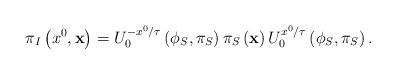
\begin{align*}\pi_{I}\left(x^0,{\bf x}\right)=U^{-x^0 / \tau}_{0}\left(\phi_{S},\pi_{S}\right)\pi_{S}\left({\bf x}\right)U^{x^0 / \tau}_{0}\left(\phi_{S},\pi_{S}\right).\end{align*}